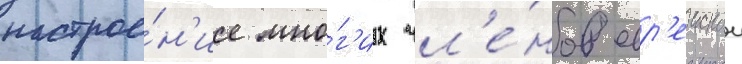
настрое́н'ие мно́г'их чл'е́нов евр'еискои